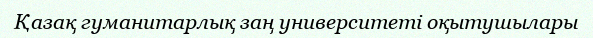
Қазақ гуманитарлық заң университеті оқытушылары